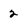
Character: 2